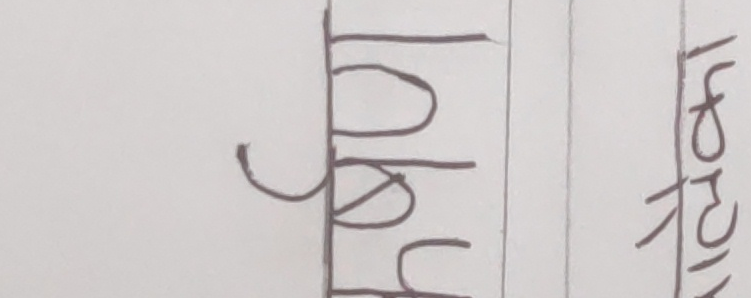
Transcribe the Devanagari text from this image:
इनपुट